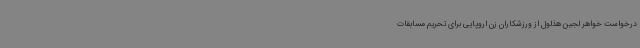
درخواست خواهر لجین هذلول از ورزشکاران زن اروپایی برای تحریم مسابقات